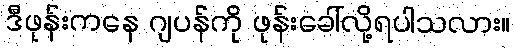
ဒီဖုန်းကနေ ဂျပန်ကို ဖုန်းခေါ်လို့ရပါသလား။